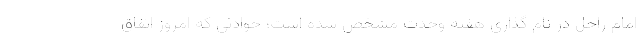
امام راحل در نام گذاری هفته وحدت مشخص شده است؛ حوادثی که امروز اتفاق